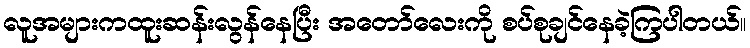
လူအများကထူးဆန်းလွန်နေပြီး အတော်လေးကို စပ်စုချင်နေခဲ့ကြပါတယ်။